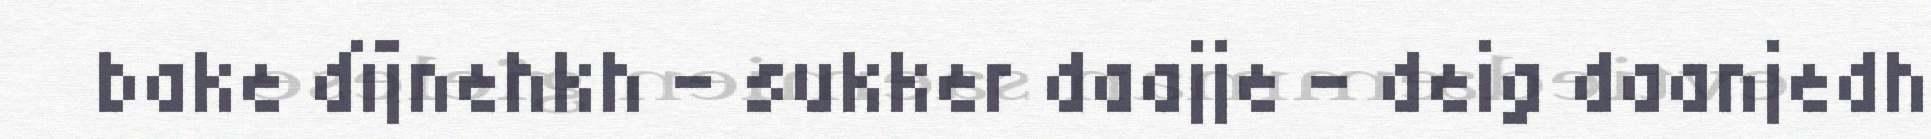
bake dïjnehkh - sukker daajje - deig daanjedh